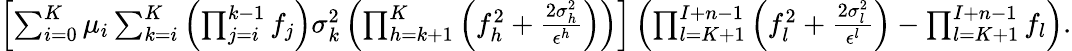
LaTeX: \begin{array}{r}{\left[\sum_{i=0}^{K}\mu_{i}\sum_{k=i}^{K}\left(\prod_{j=i}^{k-1}f_{j}\right)\sigma_{k}^{2}\left(\prod_{h=k+1}^{K}\left(f_{h}^{2}+\frac{2\sigma_{h}^{2}}{\epsilon^{h}}\right)\right)\right]\left(\prod_{l=K+1}^{I+n-1}\left(f_{l}^{2}+\frac{2\sigma_{l}^{2}}{\epsilon^{l}}\right)-\prod_{l=K+1}^{I+n-1}f_{l}\right).}\end{array}